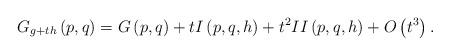
LaTeX: \begin{align*}G_{g+th}\left( p,q\right) =G\left( p,q\right) +tI\left( p,q,h\right)+t^{2}II\left( p,q,h\right) +O\left( t^{3}\right) . \end{align*}